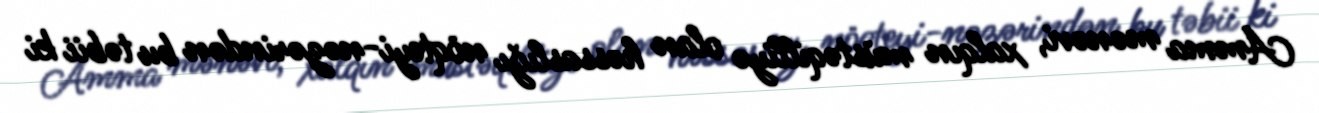
Amma mənəvi, xalqın müstəqilliyə olan həssaslığı nöqteyi-nəzərindən bu təbii ki